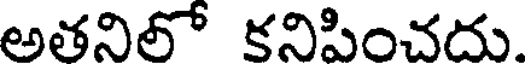
అతనిలో కనిపించదు.